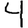
Digit: 4